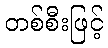
တစ်စီးဖြင့်